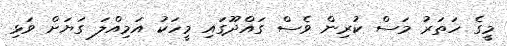
މީގެ ހަތަރު މަސް ކުރިން ވެސް ގައްދޫގައި މީހަކު އަމިއްލަ ގަޔަށް ވަޅި